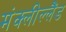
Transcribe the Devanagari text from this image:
मंक्लील्लैंड